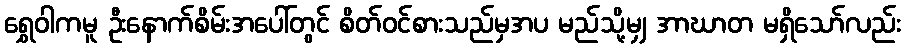
ရွှေဝါကမူ ဦးနောက်စိမ်းအပေါ်တွင် စိတ်ဝင်စားသည်မှအပ မည်သို့မျှ အာဃာတ မရှိသော်လည်း